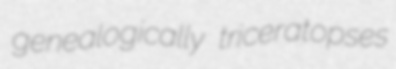
genealogically triceratopses